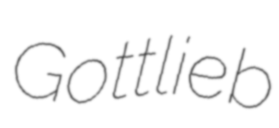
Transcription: Gottlieb